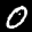
Label: 0